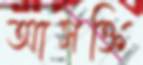
আসক্তি